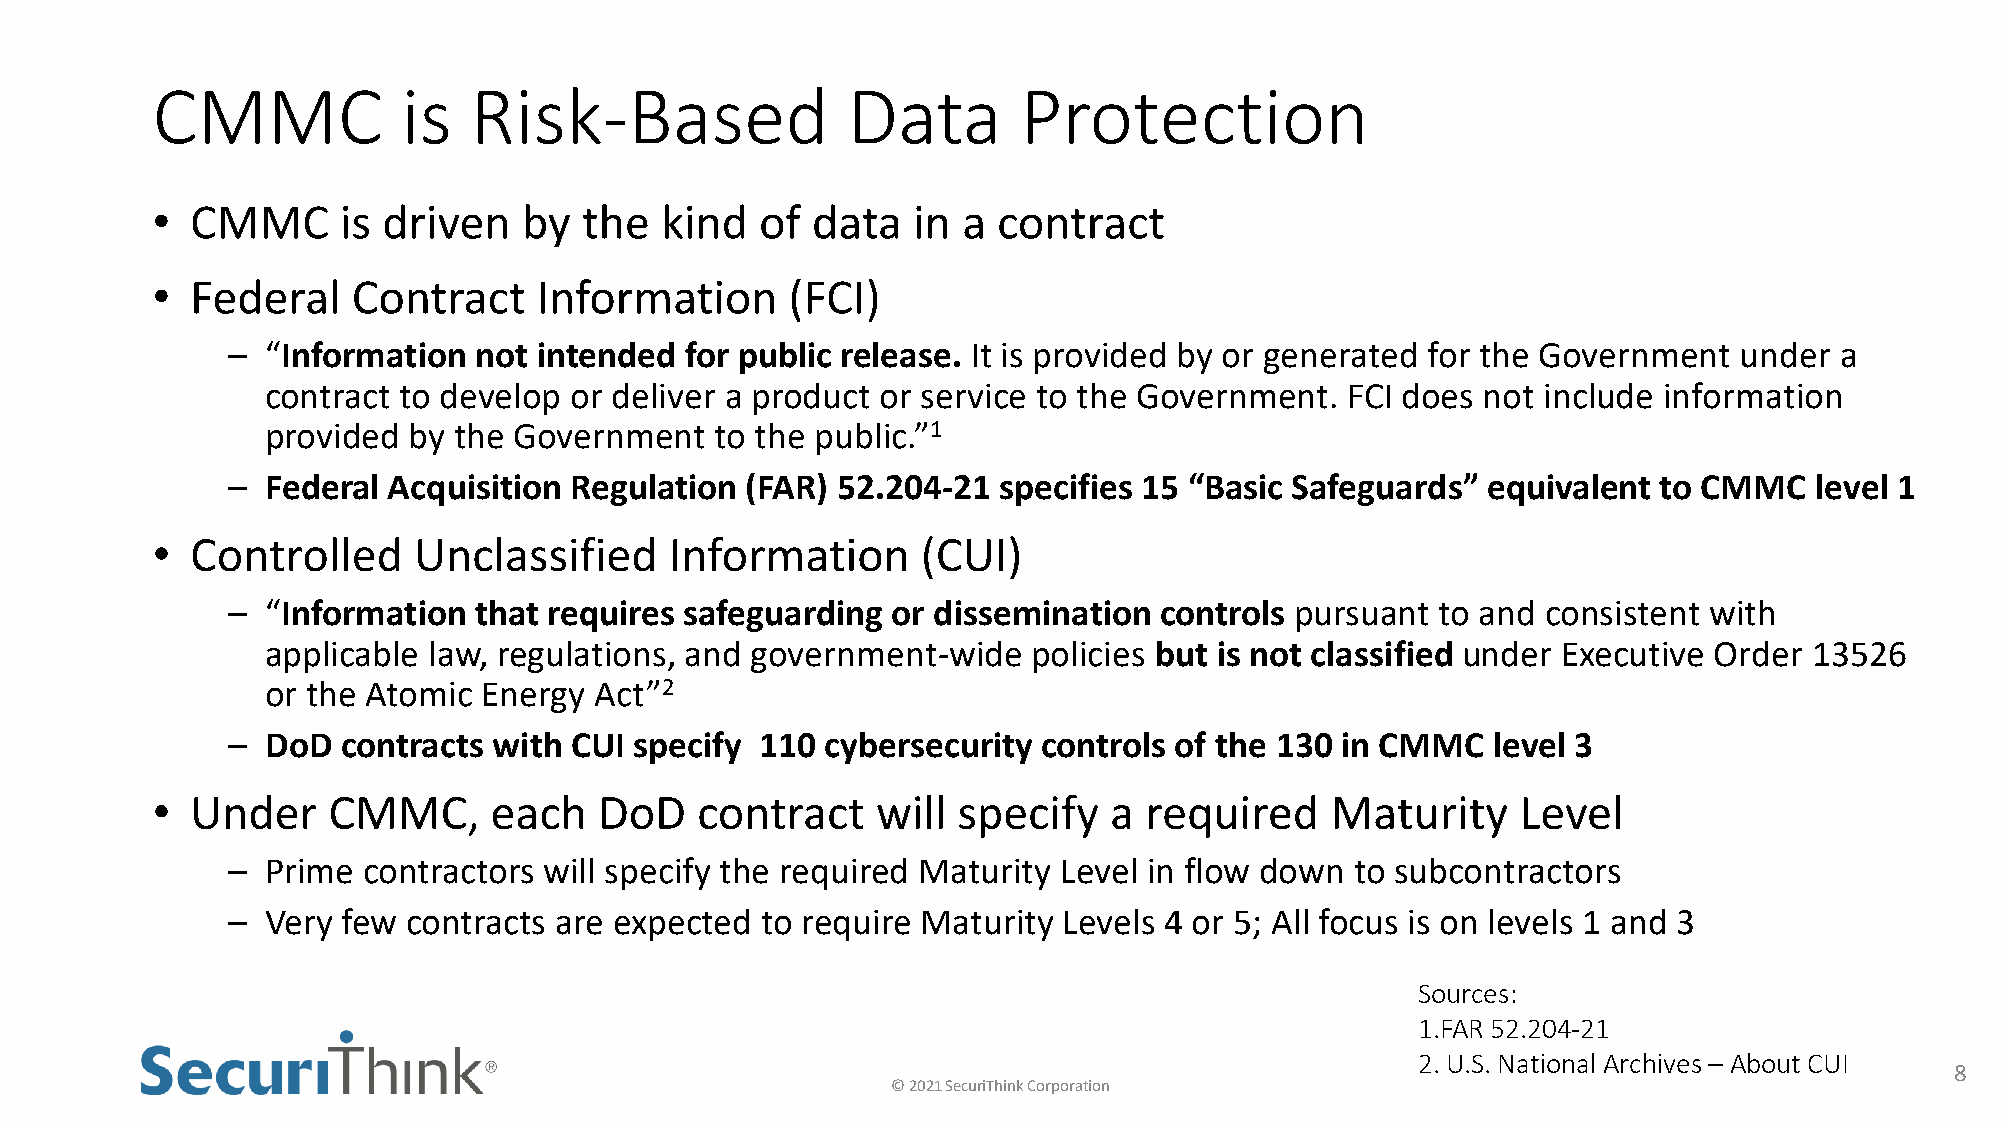
CMMC             is  Risk-Based               Data        Protection
 •  CMMC     is driven    by  the  kind  of  data  in  a contract
 •  Federal   Contract     Information     (FCI)
 –  “Information not  intended for public release. It is provided by or generated for the Government under  a
 contract to develop or deliver a product or service to the Government. FCI does not include information
 provided by the Government   to the public.”1
 –  Federal Acquisition Regulation (FAR) 52.204-21  specifies 15 “Basic Safeguards” equivalent  to CMMC   level 1
 •  Controlled    Unclassified     Information      (CUI)
 –  “Information that requires safeguarding  or dissemination  controls pursuant to and consistent with
 applicable law, regulations, and government-wide  policies but is not classified under Executive Order 13526
 or the Atomic Energy Act”2
 –  DoD  contracts with CUI specify 110  cybersecurity controls of the 130 in CMMC   level 3
 •  Under    CMMC,     each    DoD   contract    will specify   a  required    Maturity     Level
 –  Prime contractors will specify the required Maturity Level in flow down to subcontractors
 –  Very few contracts are expected to require Maturity Levels 4 or 5; All focus is on levels 1 and 3
 Sources:
 1.FAR 52.204-21
 2. U.S. National Archives – About CUI
 8
 © 2021 SecuriThink Corporation